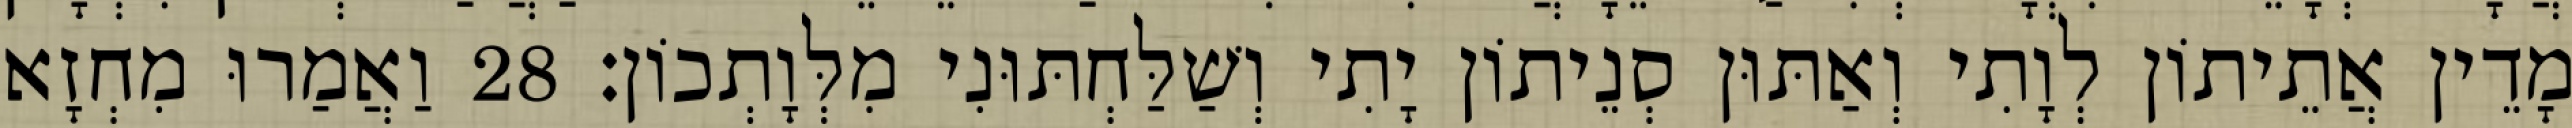
מָדֵין אֲתֵיתוֹן לְוָתִי וְאַתּוּן סְנֵיתוֹן יָתִי וְשַׁלַּחְתּוּנִי מִלְּוָתְכוֹן׃ 28 וַאֲמַרוּ מִחְזָא